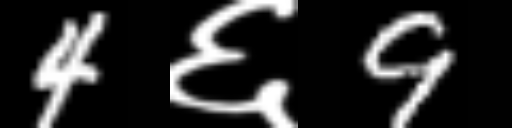
Text: 4६9